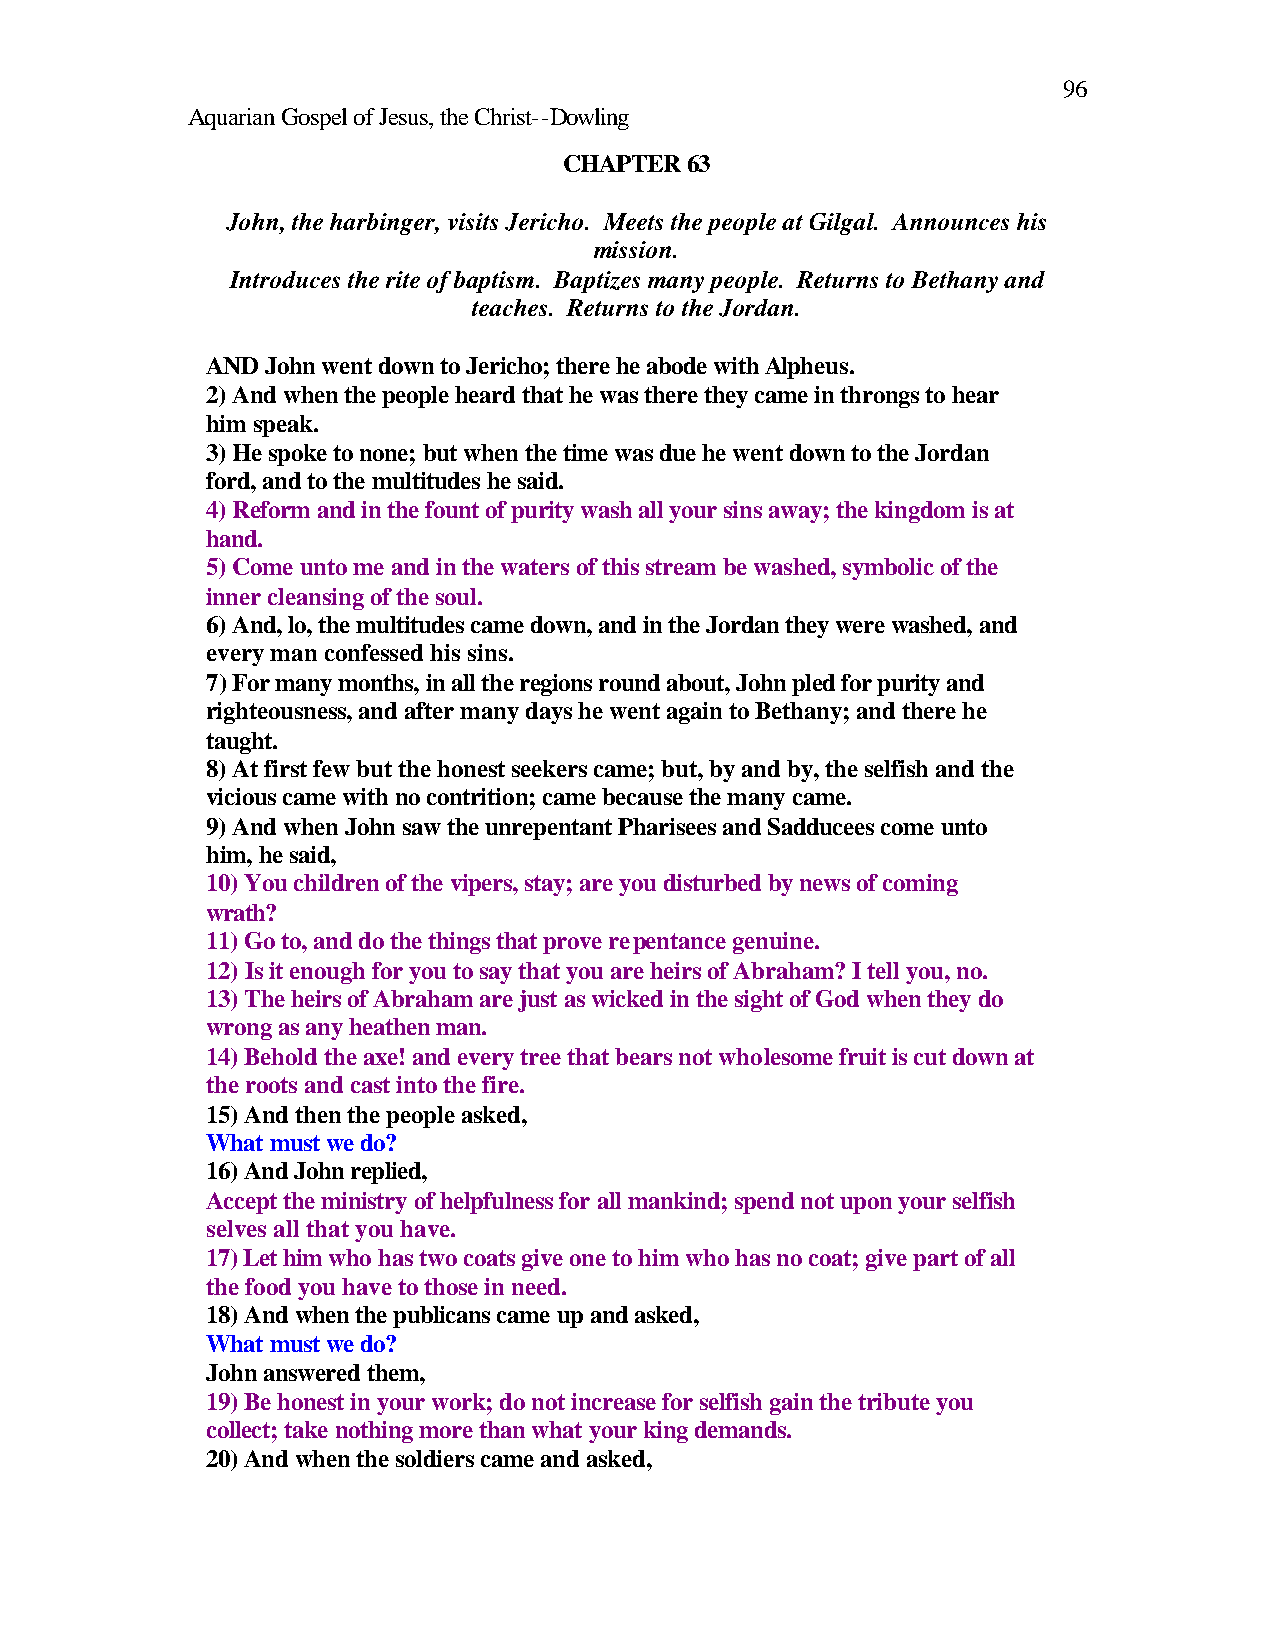
96
 Aquarian Gospel of Jesus, the Christ--Dowling
 CHAPTER 63
 John, the harbinger, visits Jericho. Meets the people at Gilgal. Announces his
 mission.
 Introduces the rite of baptism. Baptizes many people. Returns to Bethany and
 teaches. Returns to the Jordan.
 AND John went down to Jericho; there he abode with Alpheus.
 2) And when the people heard that he was there they came in throngs to hear
 him speak.
 3) He spoke to none; but when the time was due he went down to the Jordan
 ford, and to the multitudes he said.
 4) Reform and in the fount of purity wash all your sins away; the kingdom is at
 hand.
 5) Come unto me and in the waters of this stream be washed, symbolic of the
 inner cleansing of the soul.
 6) And, lo, the multitudes came down, and in the Jordan they were washed, and
 every man confessed his sins.
 7) For many months, in all the regions round about, John pled for purity and
 righteousness, and after many days he went again to Bethany; and there he
 taught.
 8) At first few but the honest seekers came; but, by and by, the selfish and the
 vicious came with no contrition; came because the many came.
 9) And when John saw the unrepentant Pharisees and Sadducees come unto
 him, he said,
 10) You children of the vipers, stay; are you disturbed by news of coming
 wrath?
 11) Go to, and do the things that prove repentance genuine.
 12) Is it enough for you to say that you are heirs of Abraham? I tell you, no.
 13) The heirs of Abraham are just as wicked in the sight of God when they do
 wrong as any heathen man.
 14) Behold the axe! and every tree that bears not wholesome fruit is cut down at
 the roots and cast into the fire.
 15) And then the people asked,
 What must we do?
 16) And John replied,
 Accept the ministry of helpfulness for all mankind; spend not upon your selfish
 selves all that you have.
 17) Let him who has two coats give one to him who has no coat; give part of all
 the food you have to those in need.
 18) And when the publicans came up and asked,
 What must we do?
 John answered them,
 19) Be honest in your work; do not increase for selfish gain the tribute you
 collect; take nothing more than what your king demands.
 20) And when the soldiers came and asked,